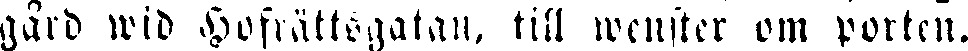
gård wid Hofrättsgatan, till wenster om porten.